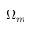
\Omega _ { m }